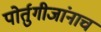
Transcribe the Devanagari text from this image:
पोर्तुगीजांनाच